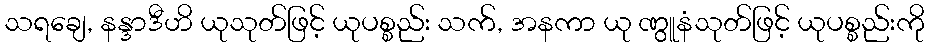
သရချေ, နန္ဒာဒီဟိ ယုသုတ်ဖြင့် ယုပစ္စည်း သက်, အနကာ ယု ဏွူနံသုတ်ဖြင့် ယုပစ္စည်းကို